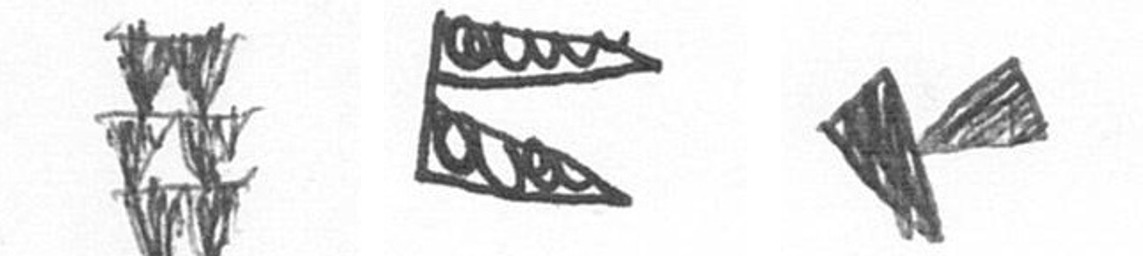
Y P F